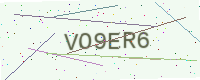
Text: VO9ER6